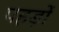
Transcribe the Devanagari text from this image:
पहड़ों